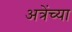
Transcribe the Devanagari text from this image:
अत्रेंच्या